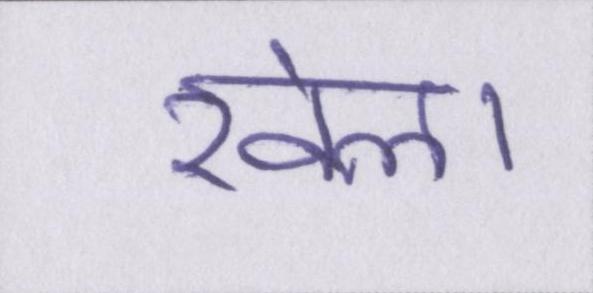
खेला